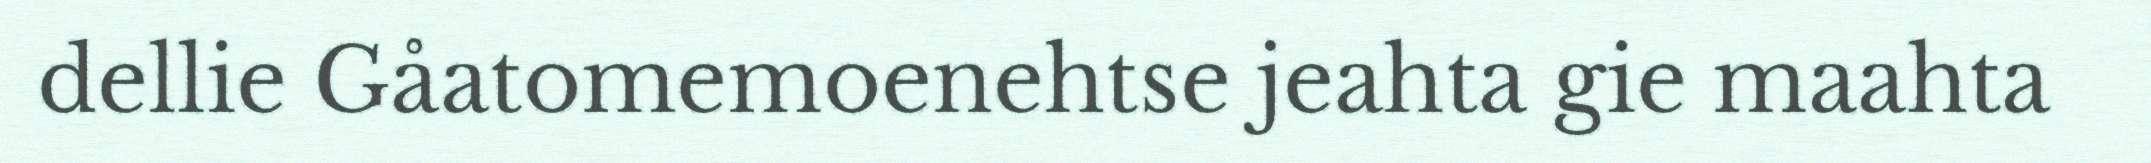
dellie Gåatomemoenehtse jeahta gie maahta